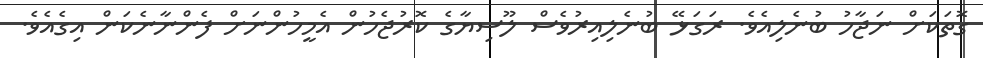
ގޮތަކަށް ނަޖާހު ބުނެލިއެވެ. ރަގަޅޭ ބުނެލިއިރުވެސް ލޫސިޔާގެ ކޮރުޖެހުން އެމީހުންނަށް ފެންނާނެކަން އިގެއެވެ.